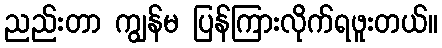
ညည်းတာ ကျွန်မ ပြန်ကြားလိုက်ရဖူးတယ်။